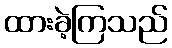
ထားခဲ့ကြသည်